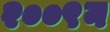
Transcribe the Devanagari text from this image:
२००९न